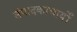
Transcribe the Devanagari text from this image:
संपादकाचार्यों